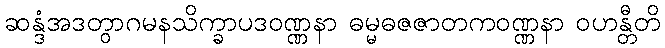
ဆန္ဒံအဒတွာဂမနသိက္ခာပဒဝဏ္ဏနာ ဓမ္မဓဇဇာတကဝဏ္ဏနာ ဝဟန္တီတိ